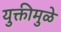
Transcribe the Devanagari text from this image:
युक्तीमुळे